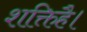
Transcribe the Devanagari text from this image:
शक्तिहै।